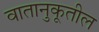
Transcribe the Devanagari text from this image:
वातानुकूतील